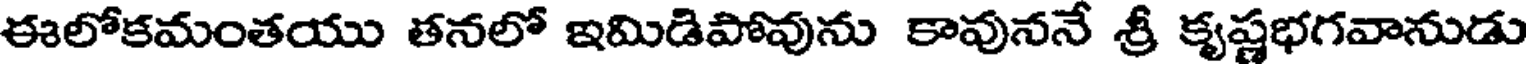
ఈలోకమంతయు తనలో ఇమిడిపోవును కావుననే శ్రీ కృష్ణభగవానుడు